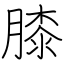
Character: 膝